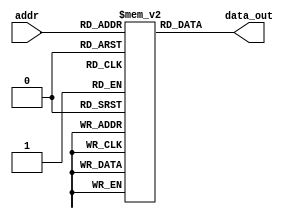
module InstMem(input [5:0] addr, output [31:0] data_out);


    reg [31:0] mem [0:63];
    assign data_out = mem[addr];
    initial begin
        //required code
        /*
        mem[0]=32'b000000000000_00000_010_00001_0000011 ; //lw x1, 0(x0)  
        mem[1]=32'b000000000100_00000_010_00010_0000011; //lw x2, 4(x0)   


        mem[2]=32'b000000001000_00000_010_00011_0000011 ; //lw x3, 8(x0)       
        mem[3]=32'b0000000_00010_00001_110_00100_0110011 ; //or x4, x1, x2   
        mem[4]=32'b0_000000_00011_00100_000_0100_0_1100011; //beq x4, x3, 4  taken  , 
        mem[5]=32'b0000000_00010_00001_000_00011_0110011 ; //add x3, x1, x2
        mem[6]=32'b0000000_00010_00011_000_00101_0110011 ; //add x5, x3, x2  # target    
        mem[7]=32'b0000000_00101_00000_010_01100_0100011; //sw x5, 12(x0)    mem[3] =
        mem[8]=32'b000000001100_00000_010_00110_0000011 ; //lw x6, 12(x0)      
        mem[9]=32'b0000000_00001_00110_111_00111_0110011 ; //and x7, x6, x1   
        mem[10]=32'b0100000_00010_00001_000_01000_0110011 ; //sub x8, x1, x2  
        mem[11]=32'b0000000_00010_00001_000_00000_0110011 ; //add x0, x1, x2  
        mem[12]=32'b0000000_00001_00000_000_01001_0110011 ; //add x9, x0, x1  


        mem[13]=32'b000000000000_00000_010_00001_0000011 ; //lw x1, 0(x0)  17
        mem[14]=32'b000000000100_00000_010_00010_0000011; //lw x2, 4(x0)   9
        mem[15]=32'b00000000100000000010000110000011 ; //lw x3, 8(x0)       25
        mem[16]=32'b00000000000100010001000110110011; //sll x3, x2, x1InstMem
        mem[17]=32'b00000000000100010000001001100011; //beq x2, x1, addr

        mem[18]=32'b00000000000100010000000100110011; // add x2, x2, x1 # x2=x2+x1 = 26 
        mem[19]=32'b00000000001000011100001001100011; // blt x3, x2, L2 # x3 <x2
        mem[20]=32'b00000000000100010000000100110011; // add x2, x2, x1 #x2 = 43
        mem[21]=32'b00000000000000000001001001100011; //  bne x0, x0, L3 # jump
        mem[22]=32'b00000000000100010000000100110011; // add x2, x2, x1 # X2 = 60
        mem[23]=32'b00000000001000011101010001100011; // bge x3, x2, L4 # WRONG 
        mem[24]=32'b00000000000100010000000100110011; //  add x2, x2, x1 # X2 = 77
        mem[25]=32'b01000000000100010000000100110011; //  sub  x2, x2, x1 # X2 = addr

        /*
        mem[3]=32'b00000000000100010100010001100011;
        mem[4]=32'b00000000000100010000000100110011;
        mem[5]=32'b01000000000100010000000100110011;
        */
        //mem[26]=32'b00000000000000000000000100000011; //lb x2, 0(x0)
        // mem[27]=32'b00000000000000000100000100000011; //lbu 

        //mem[28]=32'b00000000001100001000000010010011;  //addi x1, x1, 3                                
        // mem[29]=32'b00000000000100001110000100010011;  //ori x2, x1, 1  
        // mem[30]=32'b01000000010100001101000100010011; //srai x2, x1, 5
        //mem[31]=32'b00000000001000000000000000100011; //sb x2, 0(x0) we r storing in 

        // mem[26]=32'b00000000000000010101000110010111; //auipc x3, 21
        // mem[27]=32'b00000000011100000000000001110011; //ebreak 
        // mem[4]=32'b00000000100000000000001001101111; //jal x4, l1
        //  mem[5]=32'b00000000101000001000001011100111; //jalr x5, 10(x1)
        // mem[28]=32'b00000000000100010000000100110011; //add x2, x2, x1


        //mem[3]=32'b00000000000100010001001000110011; //sll x4, x2, x1
        mem[0]=32'b0000000_00000_00000_000_00000_0110011 ; //add x0, x0, x0
        //added to be skipped since PC starts with 4 after reset
        mem[1]=32'b000000000000_00000_010_00001_0000011 ; //lw x1, 0(x0)
        mem[2]=32'b0000000_00000_00000_000_00000_0110011 ; //add x0, x0, x0
        mem[3]=32'b0000000_00000_00000_000_00000_0110011 ; //add x0, x0, x0
        mem[4]=32'b0000000_00000_00000_000_00000_0110011 ; //add x0, x0, x0
        mem[5]=32'b000000000100_00000_010_00010_0000011 ; //lw x2, 4(x0)
        mem[6]=32'b0000000_00000_00000_000_00000_0110011 ; //add x0, x0, x0
        mem[7]=32'b0000000_00000_00000_000_00000_0110011 ; //add x0, x0, x0
        mem[8]=32'b0000000_00000_00000_000_00000_0110011 ; //add x0, x0, x0
        mem[9]=32'b000000001000_00000_010_00011_0000011 ; //lw x3, 8(x0)
        mem[10]=32'b0000000_00000_00000_000_00000_0110011 ; //add x0, x0, x0
        mem[11]=32'b0000000_00000_00000_000_00000_0110011 ; //add x0, x0, x0
        mem[12]=32'b0000000_00000_00000_000_00000_0110011 ; //add x0, x0, x0
        mem[13]=32'b0000000_00010_00001_110_00100_0110011 ; //or x4, x1, x2
        mem[14]=32'b0000000_00000_00000_000_00000_0110011 ; //add x0, x0, x0
        mem[15]=32'b0000000_00000_00000_000_00000_0110011 ; //add x0, x0, x0
        mem[16]=32'b0000000_00000_00000_000_00000_0110011 ; //add x0, x0, x0
        mem[17]=32'b0_000001_00011_00100_000_0000_0_1100011; //beq x4, x3, 16 
        mem[18]=32'b0000000_00000_00000_000_00000_0110011 ; //add x0, x0, x0
        mem[19]=32'b0000000_00000_00000_000_00000_0110011 ; //add x0, x0, x0
        mem[20]=32'b0000000_00000_00000_000_00000_0110011 ; //add x0, x0, x0
        mem[21]=32'b0000000_00010_00001_000_00011_0110011 ; //add x3, x1, x2
        mem[22]=32'b0000000_00000_00000_000_00000_0110011 ; //add x0, x0, x0
        mem[23]=32'b0000000_00000_00000_000_00000_0110011 ; //add x0, x0, x0
        mem[24]=32'b0000000_00000_00000_000_00000_0110011 ; //add x0, x0, x0
        mem[25]=32'b0000000_00010_00011_000_00101_0110011 ; //add x5, x3, x2
        mem[26]=32'b0000000_00000_00000_000_00000_0110011 ; //add x0, x0, x0
        mem[27]=32'b0000000_00000_00000_000_00000_0110011 ; //add x0, x0, x0
        mem[28]=32'b0000000_00000_00000_000_00000_0110011 ; //add x0, x0, x0
        mem[29]=32'b0000000_00101_00000_010_01100_0100011; //sw x5, 12(x0)
        mem[30]=32'b0000000_00000_00000_000_00000_0110011 ; //add x0, x0, x0
        mem[31]=32'b0000000_00000_00000_000_00000_0110011 ; //add x0, x0, x0
        mem[32]=32'b0000000_00000_00000_000_00000_0110011 ; //add x0, x0, x0
        mem[33]=32'b000000001100_00000_010_00110_0000011 ; //lw x6, 12(x0)
        mem[34]=32'b0000000_00000_00000_000_00000_0110011 ; //add x0, x0, x0
        mem[35]=32'b0000000_00000_00000_000_00000_0110011 ; //add x0, x0, x0
        mem[36]=32'b0000000_00000_00000_000_00000_0110011 ; //add x0, x0, x0
        mem[37]=32'b0000000_00001_00110_111_00111_0110011 ; //and x7, x6, x1
        mem[38]=32'b0000000_00000_00000_000_00000_0110011 ; //add x0, x0, x0
        mem[39]=32'b0000000_00000_00000_000_00000_0110011 ; //add x0, x0, x0
        mem[40]=32'b0000000_00000_00000_000_00000_0110011 ; //add x0, x0, x0
        mem[41]=32'b0100000_00010_00001_000_01000_0110011 ; //sub x8, x1, x2
        mem[42]=32'b0000000_00000_00000_000_00000_0110011 ; //add x0, x0, x0
        mem[43]=32'b0000000_00000_00000_000_00000_0110011 ; //add x0, x0, x0
        mem[44]=32'b0000000_00000_00000_000_00000_0110011 ; //add x0, x0, x0
        mem[45]=32'b0000000_00010_00001_000_00000_0110011 ; //add x0, x1, x2
        mem[46]=32'b0000000_00000_00000_000_00000_0110011 ; //add x0, x0, x0
        mem[47]=32'b0000000_00000_00000_000_00000_0110011 ; //add x0, x0, x0
        mem[48]=32'b0000000_00000_00000_000_00000_0110011 ; //add x0, x0, x0
        mem[49]=32'b0000000_00001_00000_000_01001_0110011 ; //add x9, x0, x1
    end
endmodule